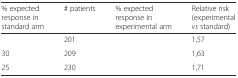
<table><thead><tr><td><b>% expected response in standard arm</b></td><td><b># patients</b></td><td><b>% expected response in experimental arm</b></td><td><b>Relative risk (experimental <i>vs</i> standard)</b></td></tr></thead><tbody><tr><td>[EMPTY_CELL]</td><td>201</td><td>[EMPTY_CELL]</td><td>1,57</td></tr><tr><td>30</td><td>209</td><td>[EMPTY_CELL]</td><td>1,63</td></tr><tr><td>25</td><td>230</td><td>[EMPTY_CELL]</td><td>1,71</td></tr></tbody></table>